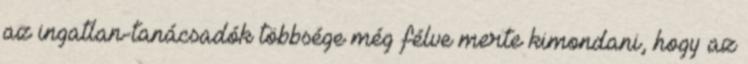
az ingatlan-tanácsadók többsége még félve merte kimondani, hogy az